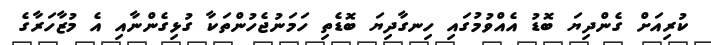
ކުރިއަށް ގެންދިޔަ ބޮޑު އެއްްވުމުގައި ހިނގާދިޔަ ބޮޑެތި ހަމަނުޖެހުންތަކާ ގުޅިގެންނާއި އެ މުޒާހަރާގެ